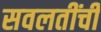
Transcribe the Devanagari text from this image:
सवलतींची